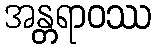
အန္တရာဝဿ